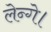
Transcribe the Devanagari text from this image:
लेन्गे।